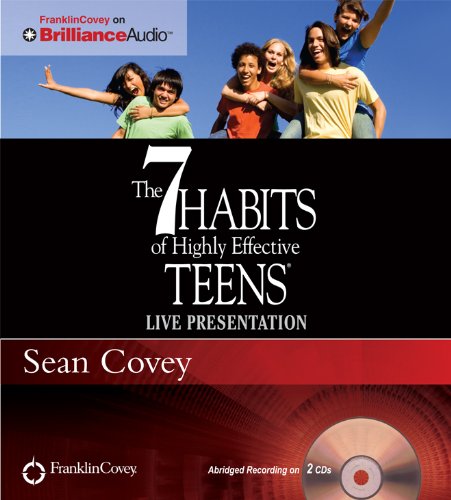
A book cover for The 7 Habits of Highly Effective Teens; Sean Covey; Teen & Young Adult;